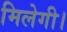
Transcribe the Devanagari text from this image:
मिलेगी।